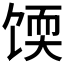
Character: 𫗬